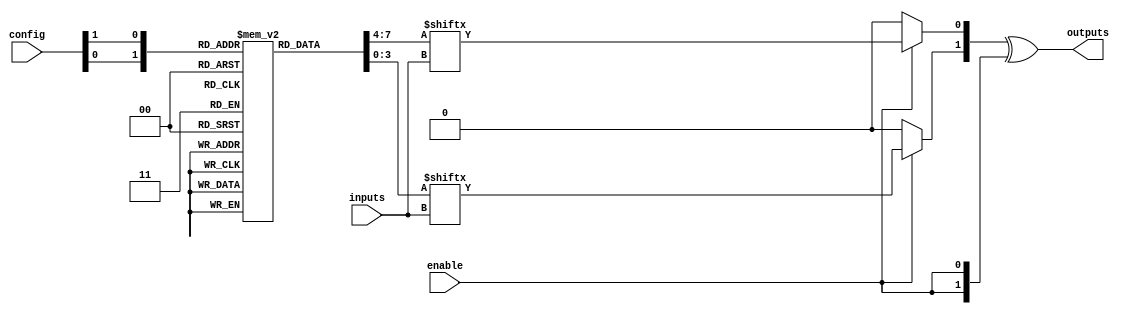
module CLB (
    input wire [N-1:0] inputs,           // Input signals (N inputs)
    input wire [M-1:0] config,           // Configuration signals for LUTs and MUXes
    input wire enable,                    // Enable signal
    output wire [P-1:0] outputs          // Output signals (P outputs)
);
    parameter N = 4;                     // Number of input signals
    parameter M = 16;                    // Number of LUT configurations
    parameter P = 2;                     // Number of output signals

    // Logic cells (LUTs)
    reg [N-1:0] lut [0:M-1];             // LUTs for storing truth tables

    // MUX selection for outputs
    wire [P-1:0] mux_out;

    // Initialize LUTs (example configuration)
    initial begin
        // Example configurations for 2 LUTs with 4 inputs (truth tables)
        lut[0] = 4'b1100; // LUT 0 - AND function
        lut[1] = 4'b1010; // LUT 1 - OR function
        // Additional LUT configurations can be added here
    end

    // MUX logic
    generate
        genvar i;
        for (i = 0; i < P; i = i + 1) begin : mux_gen
            assign mux_out[i] = (enable) ? lut[config[i]][inputs] : 1'b0; // Output based on enable signal
        end
    endgenerate

    // Output drivers with inversion capability
    assign outputs = mux_out ^ {P{enable}}; // Invert output if enable is high

endmodule